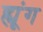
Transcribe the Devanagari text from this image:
ह्यूंग